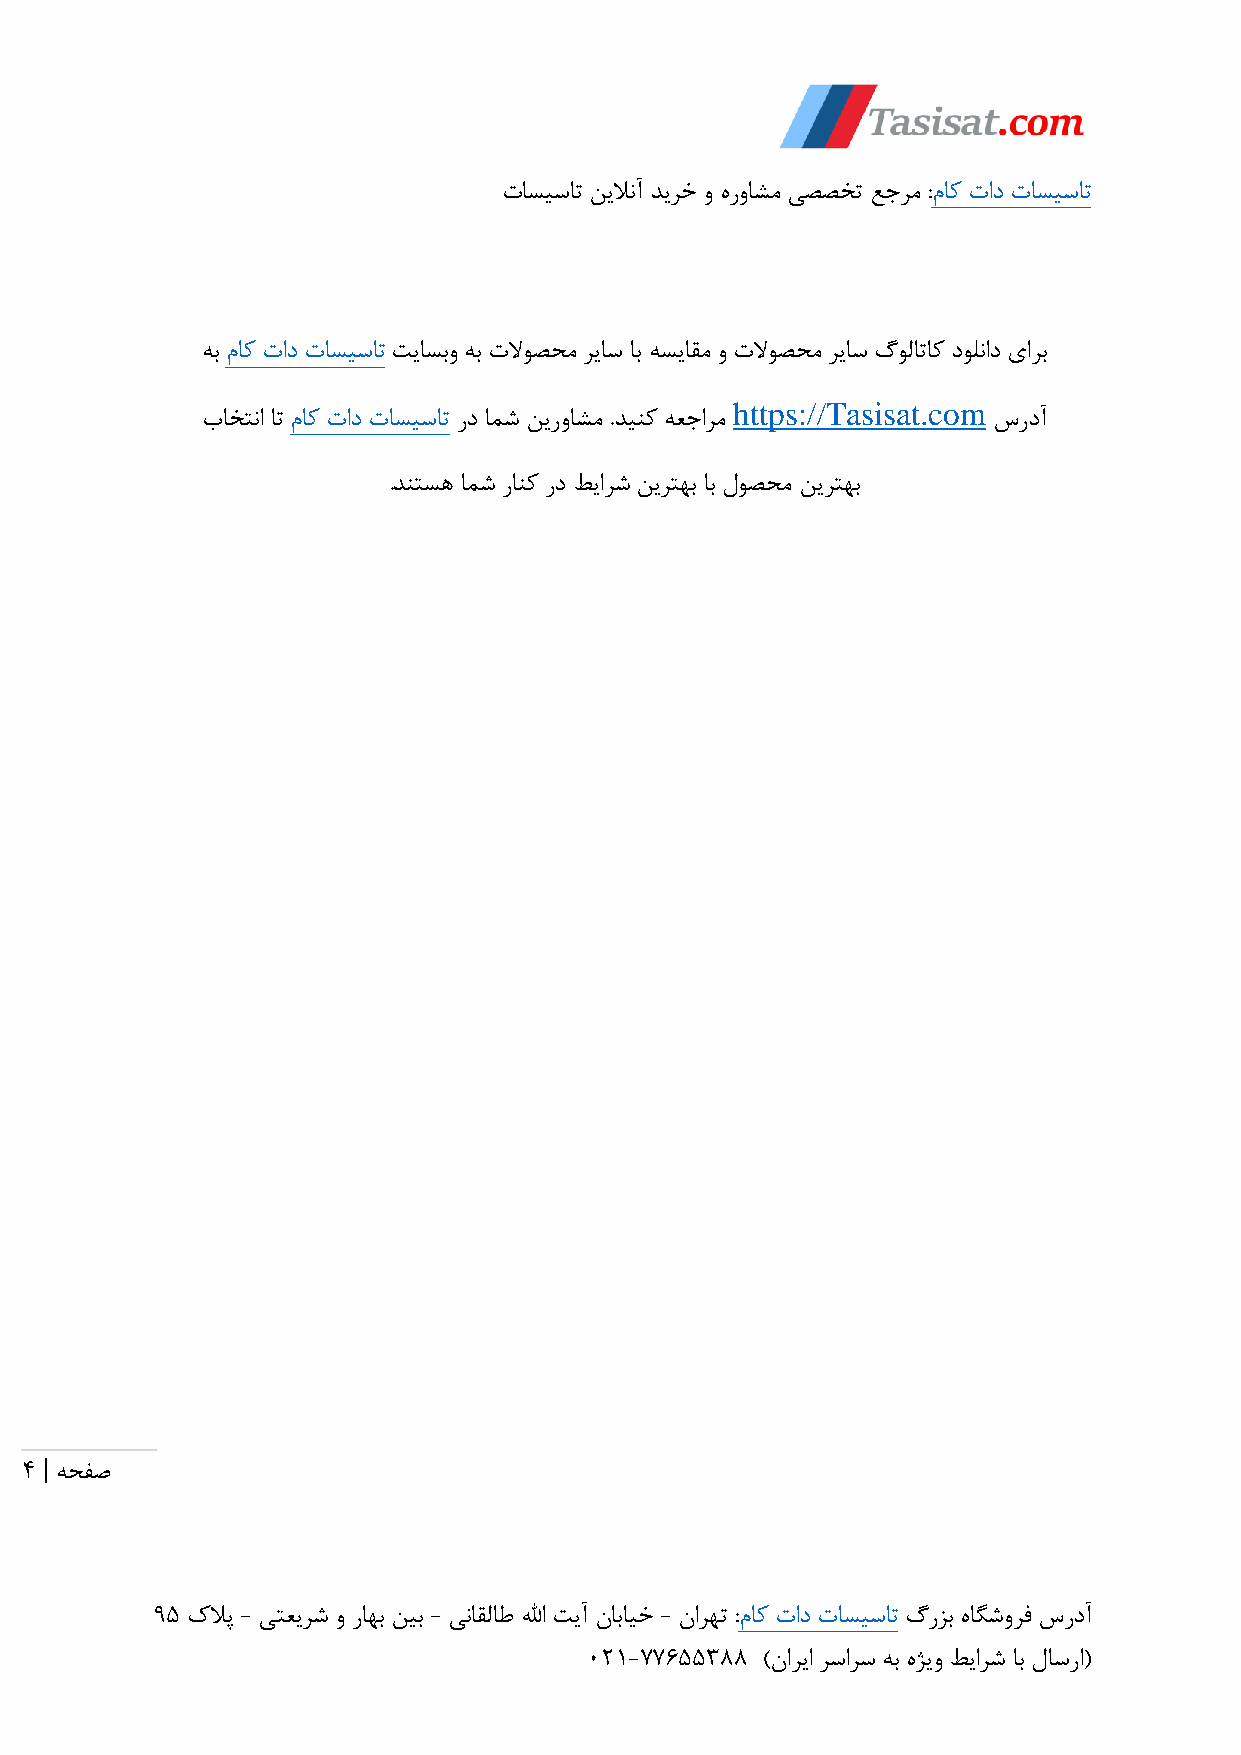
تاسیسات نیلانآ دیرخ و هرواشم یصصخت عجرم :ماک تاد تاسیسات
 هب ماک تاد تاسیسات تیاسبو هب تلاوصحم ریاس اب هسیاقم و تلاوصحم ریاس گولاتاک دولناد یارب
 https://Tasisat.com
 باختنا ات ماک تاد تاسیسات رد امش نیرواشم .دینک هعجارم سردآ
 .دنتسه امش رانک رد طیارش نیرتهب اب لوصحم نیرتهب
 |
 4  هحفص
 95 کلاپ - یتعیرش و راهب نیب - یناقلاط للها تیآ نابایخ - نارهت :ماک تاد تاسیسات گرزب هاگشورف سردآ
 021-77655388 )ناریا رسارس هب هژیو طیارش اب لاسرا(